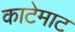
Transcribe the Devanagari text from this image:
काटेमाट